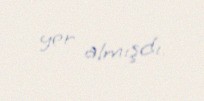
yer almışdı.